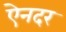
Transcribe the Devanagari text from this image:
ऐनदर